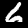
Label: 6